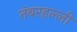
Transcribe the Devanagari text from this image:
तंबरहल्ली